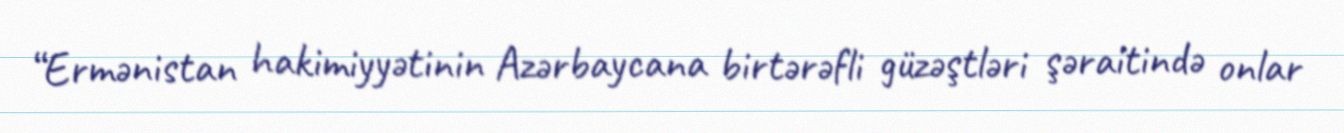
“Ermənistan hakimiyyətinin Azərbaycana birtərəfli güzəştləri şəraitində onlar